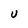
Character: U